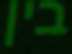
בין